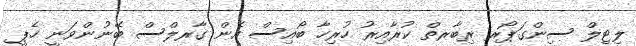
ލިޓިލް ސިންގަޕޯރ ރިބާރތް ކުރާއިރު ހުރިހާ ބޯއިސް އެން ގާރލްސް ބޭނުންވަނީ ހެޕީ